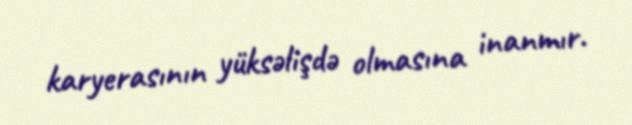
karyerasının yüksəlişdə olmasına inanmır.